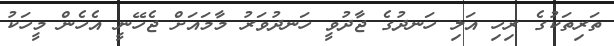
ތަރިތަކުގެ ރިހި އަލި ހަނދުގެ ޖާދުވީ ހަނދުވަރު މާމައަށް ޖެހޭނީ އެހެން މީހަކު